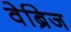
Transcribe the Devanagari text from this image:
वेब्रिज